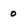
Character: 0